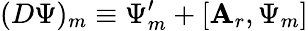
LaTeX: (D\Psi)_{m}\equiv\Psi_{m}^{\prime}+[\mathbf{A}_{r},\Psi_{m}]